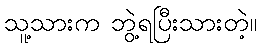
သူ့သားက ဘွဲ့ရပြီးသားတဲ့။